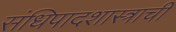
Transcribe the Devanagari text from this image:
संधिपादशास्त्राची